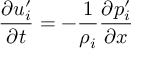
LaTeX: { \frac { \partial u _ { i } ^ { \prime } } { \partial t } } = - { \frac { 1 } { \rho _ { i } } } { \frac { \partial p _ { i } ^ { \prime } } { \partial x } }